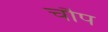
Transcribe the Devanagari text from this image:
चौप